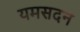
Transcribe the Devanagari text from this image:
यमसदन